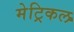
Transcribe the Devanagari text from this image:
मेट्रिकल